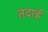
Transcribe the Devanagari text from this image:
तदाई